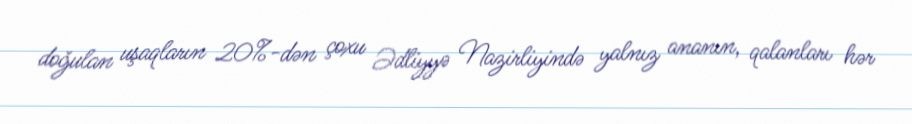
doğulan uşaqların 20%-dən çoxu Ədliyyə Nazirliyində yalnız ananın, qalanları hər